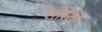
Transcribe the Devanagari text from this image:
सोरेंटो